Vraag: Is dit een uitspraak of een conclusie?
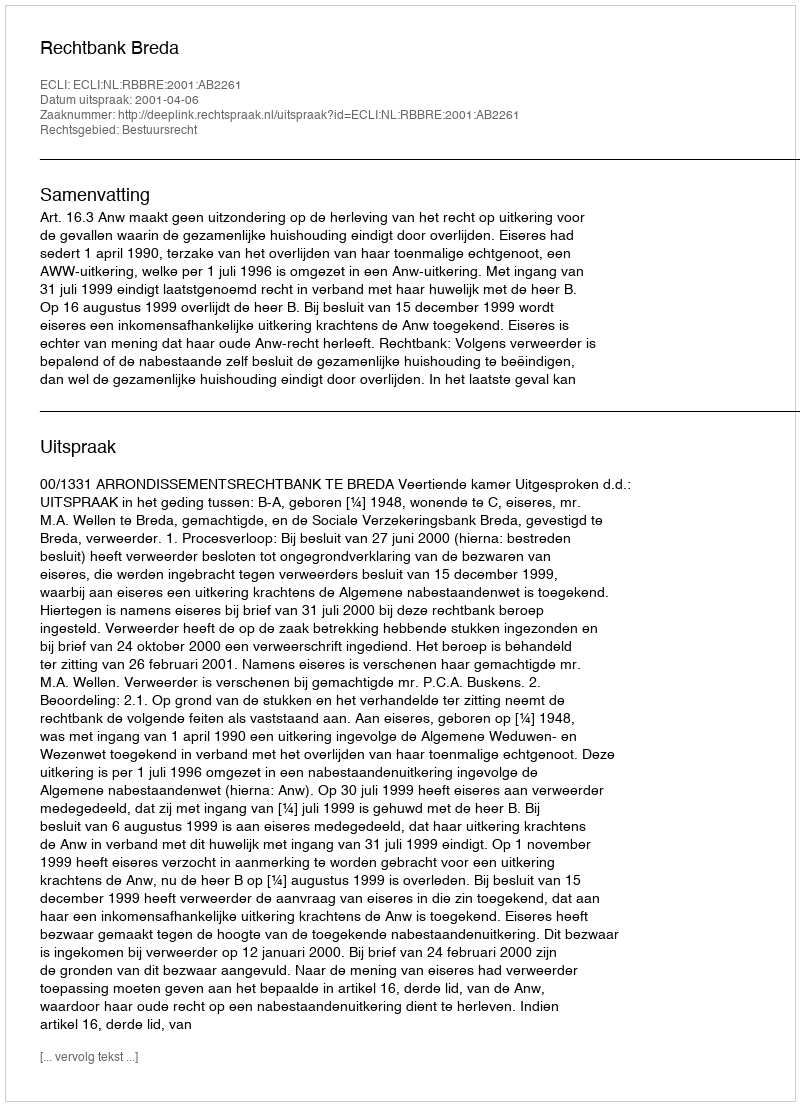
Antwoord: Uitspraak